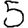
Digit: 5